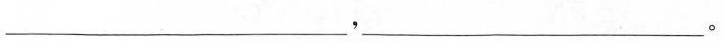
___，___。